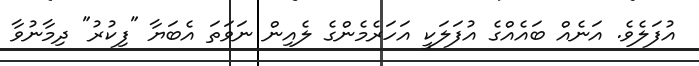
އުފަލެވެ. އަނެއް ބައެއްގެ އުފަލަކީ އަހަރެމެންގެ ލެއިން ނަވަތަ އެބަޔާ "ފިކުރު" ދިމާނުވާ